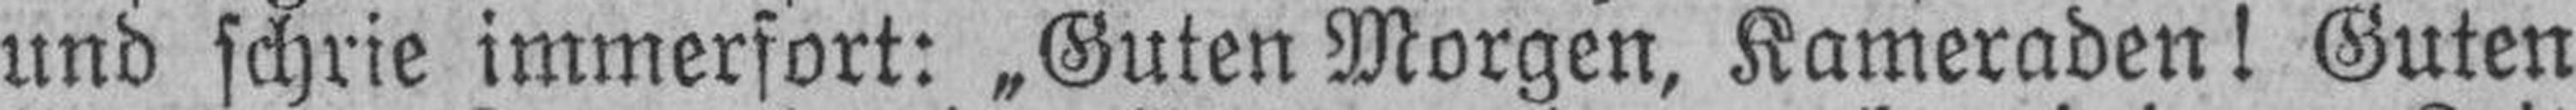
und schrie immerfort: „Guten Morgen, Kameraden! Guten